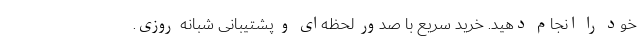
خود را انجام دهید. خرید سریع با صدور لحظه‌ای و پشتیبانی شبانه روزی.